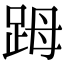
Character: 𧿹